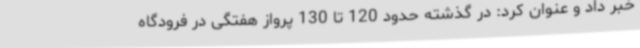
خبر داد و عنوان کرد: در گذشته حدود 120 تا 130 پرواز هفتگی در فرودگاه